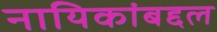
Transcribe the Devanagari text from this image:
नायिकांबद्दल